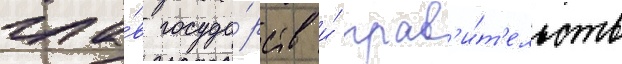
гла́в госуда́рств и́ прав'и́т'ельств